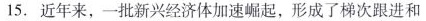
15.近年来，一批新兴经济体加速崛起，形成了梯次跟进和